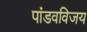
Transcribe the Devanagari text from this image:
पांडवविजय